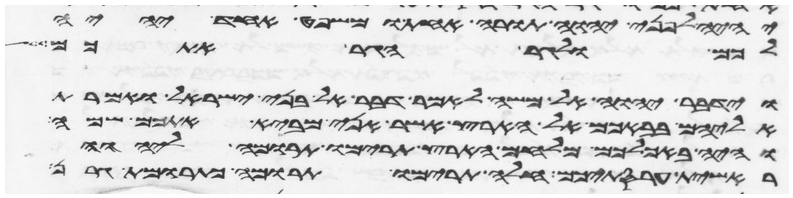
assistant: יהיה לפני יהוה תורה אחת ומשפט אחד יהיה
לכם ולגר הגר אתכם
וידבר יהוה אל משה לאמר דבר אל בני ישראל ואמרת
אליהם בבאכם אל הארץ אשר אני מביא אתכם שמה
והיה באכלכם מלחם הארץ תרימו תרומה ליהוה
ראשית עריסתיכם חלה תרימו תרומה כתרומת גרן